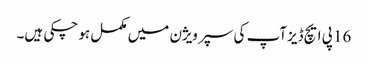
16 پی ایچ ڈیزآپ کی سپر ویژن میں مکمل ہو چکی ہیں۔